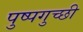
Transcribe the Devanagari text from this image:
पुष्पगुच्छी